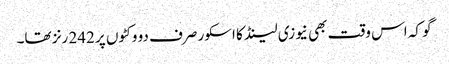
گو کہ اس وقت بھی نیوزی لینڈ کا اسکور صرف دو وکٹوں پر 242 رنز تھا۔